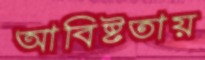
আবিষ্টতায়